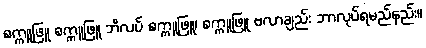
စက္ကူဖြူ စက္ကူဖြူ ဘိလပ် စက္ကူဖြူ၊ စက္ကူဖြူ ဗလာချည်း ဘာလုပ်ရမည်နည်း။